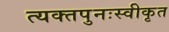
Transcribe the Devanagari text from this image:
त्यक्तपुनःस्वीकृत